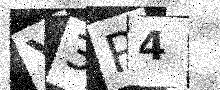
Text: Y3P4